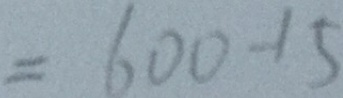
= 6 0 0 - 1 5